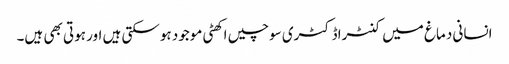
انسانی دماغ میں کنٹراڈکٹری سوچیں اکھٹی موجود ہوسکتی ہیں اور ہوتی بھی ہیں۔